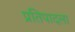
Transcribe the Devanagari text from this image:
प्रतिपादला